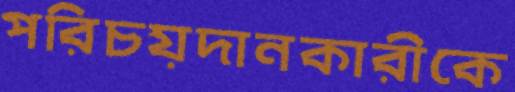
পরিচয়দানকারীকে